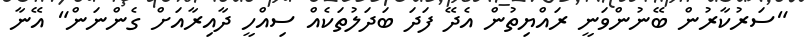
"ސަރުކާރުން ބޭނުންވަނީ ރައްޔިތުން އެދޭ ފަދަ ބަދަލުތަކެއް ސިއްހީ ދާއިރާއަށް ގެންނަން" އޭނާ